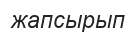
жапсырып